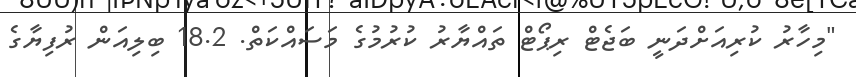
"މިހާރު ކުރިއަށްދަނީ ބަޖެޓް ރިޕޯޓް ތައްޔާރު ކުރުމުގެ މަސައްކަތް. 18.2 ބިލިއަން ރުފިޔާގެ